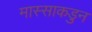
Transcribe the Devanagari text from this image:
मास्साकडुन